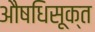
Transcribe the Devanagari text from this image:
औषधिसूक्त